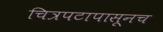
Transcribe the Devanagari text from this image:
चित्रपटापासूनच